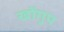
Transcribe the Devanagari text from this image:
खोंगुप